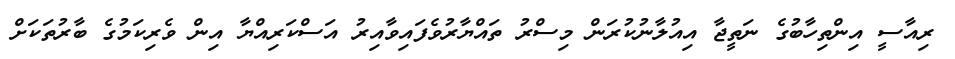
ރިއާސީ އިންތިހާބުގެ ނަތީޖާ އިއުލާނުކުރަން މިސްރު ތައްޔާރުވެފައިވާއިރު އަސްކަރިއްޔާ އިން ވެރިކަމުގެ ބާރުތަކަށް